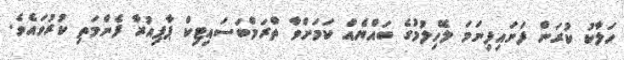
ހަލާކު ކުރަން ފަށައިފިނަމަ ލޭހިލުމުގެ ބައްޔެއް ކަމަށްވާ ތްރަމްބަސައިޓިކް ޕާޕިއުރާ ފެންމަތި ކުރުވައެވެ.